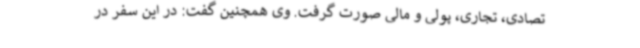
تصادی، تجاری، پولی و مالی صورت گرفت. وی همچنین گفت: در این سفر در